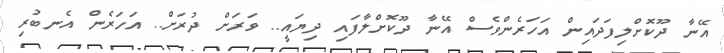
އޭނާ ދޫކޮށްލިފަދައިން އަހަރެންވެސް އޭނާ ދޫކޮށްލާފައި ދިޔައީ.. ވަރަށް ދުރަށް.. އަހަރެން އެނބުރި